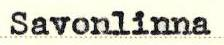
Savonlinna